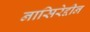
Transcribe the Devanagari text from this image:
नासिरेद्दीन